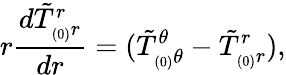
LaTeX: r\frac{d\tilde{T}_{_{(0)}r}^{r}}{dr}=(\tilde{T}_{_{(0)}\theta}^{\theta}-\tilde{T}_{_{(0)}r}^{r}),